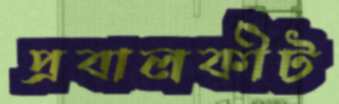
প্রবালকীট